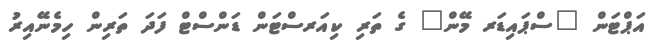
އަޕްޓަން "ސްޕައިޑަރ މޭން" ގެ ތަރި ކިއަރސްޓަން ޑަންސްޓް ފަދަ ތަރިން ހިމެނޭއިރު